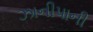
ઝાનીપાની